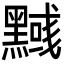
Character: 𪒃